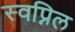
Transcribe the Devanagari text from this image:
स्‍वप्निल